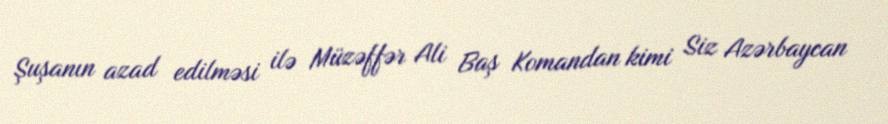
Şuşanın azad edilməsi ilə Müzəffər Ali Baş Komandan kimi Siz Azərbaycan